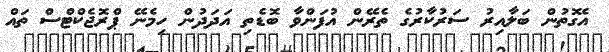
އެގޮތުން ބަލާއިރު ސަރުކާރުގެ ތެރޭން އުފަންވާ ބޮޑެތި އަދަދުން ހިމެނޭ ޕްރޮޖެކްޓްސް ތައް